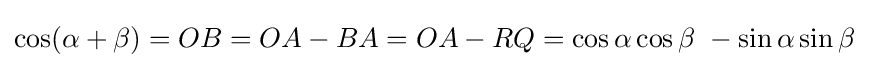
\cos(\alpha +\beta )=OB=OA-BA=OA-RQ=\cos \alpha \cos \beta \ -\sin \alpha \sin \beta